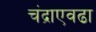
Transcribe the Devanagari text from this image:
चंद्राएवढा